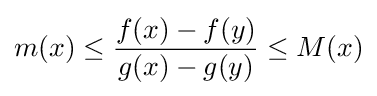
m(x)\leq {\frac {f(x)-f(y)}{g(x)-g(y)}}\leq M(x)